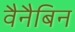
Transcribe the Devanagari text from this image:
वैनैबिन